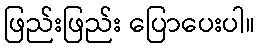
ဖြည်းဖြည်း ပြောပေးပါ။